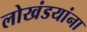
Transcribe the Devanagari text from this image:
लोखंडयांना